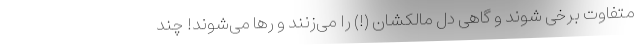
متفاوت برخی شوند و گاهی دل مالکشان (!) را می‌زنند و رها می‌شوند! چند